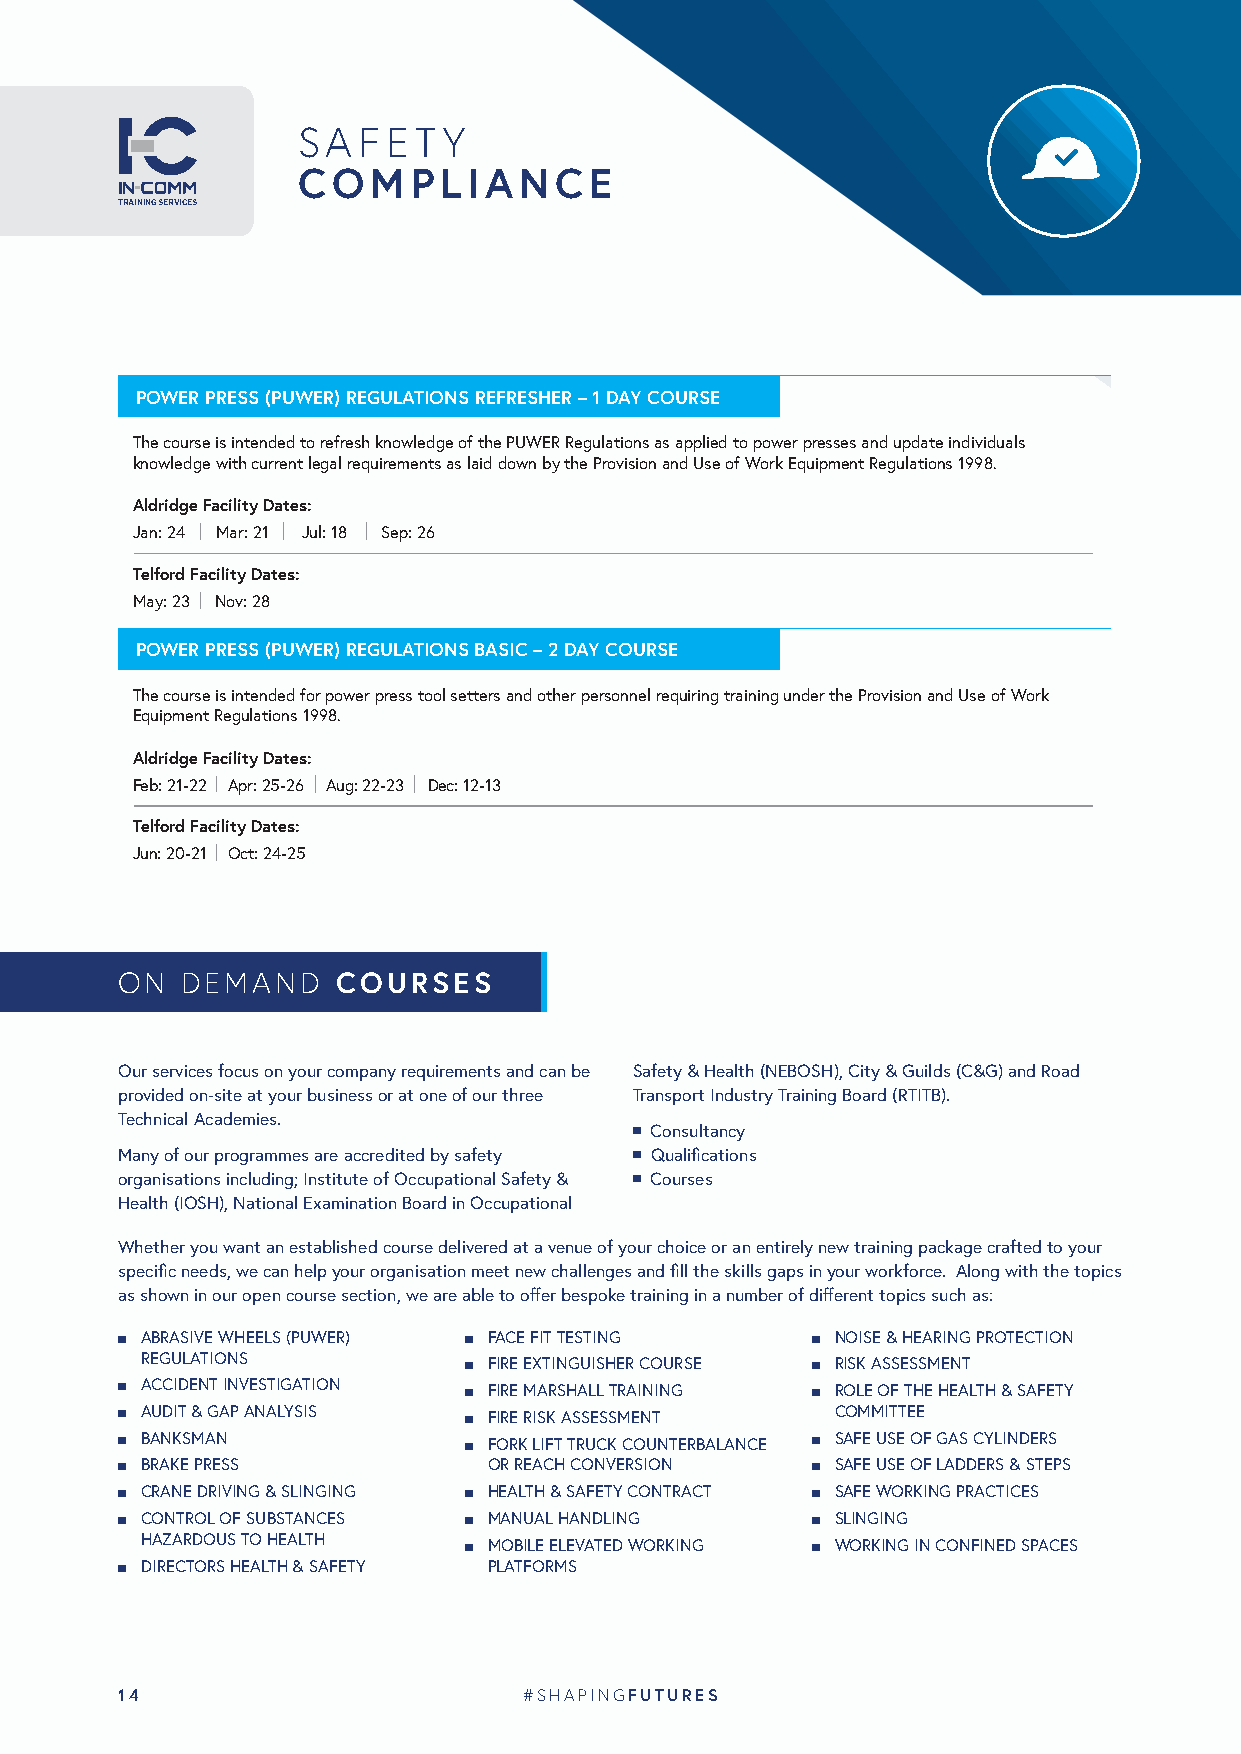
SAFETY
 COMPLIANCE
 TRAINING SERVICES
 POWER PRESS (PUWER) REGULATIONS REFRESHER – 1 DAY COURSE
 The course is intended to refresh knowledge of the PUWER Regulations as applied to power presses and update individuals
 knowledge with current legal requirements as laid down by the Provision and Use of Work Equipment Regulations 1998.
 Aldridge Facility Dates:
 Jan: 24 Mar: 21 Jul: 18 Sep: 26
 Telford Facility Dates:
 May: 23 Nov: 28
 POWER PRESS (PUWER) REGULATIONS BASIC – 2 DAY COURSE
 The course is intended for power press tool setters and other personnel requiring training under the Provision and Use of Work
 Equipment Regulations 1998.
 Aldridge Facility Dates:
 Feb: 21-22 Apr: 25-26 Aug: 22-23 Dec: 12-13
 Telford Facility Dates:
 Jun: 20-21 Oct: 24-25
 ON  DEMAND    COURSES
 Our services focus on your company requirements and can be Safety & Health (NEBOSH), City & Guilds (C&G) and Road
 provided on-site at your business or at one of our three Transport Industry Training Board (RTITB).
 Technical Academies.
 n Consultancy
 Many of our programmes are accredited by safety n Qualifications
 organisations including; Institute of Occupational Safety & n Courses
 Health (IOSH), National Examination Board in Occupational
 Whether you want an established course delivered at a venue of your choice or an entirely new training package crafted to your
 specific needs, we can help your organisation meet new challenges and fill the skills gaps in your workforce. Along with the topics
 as shown in our open course section, we are able to offer bespoke training in a number of different topics such as:
 n ABRASIVE WHEELS (PUWER) n FACE FIT TESTING  n NOISE & HEARING PROTECTION
 REGULATIONS           n FIRE EXTINGUISHER COURSE n RISK ASSESSMENT
 n ACCIDENT INVESTIGATION n FIRE MARSHALL TRAINING n ROLE OF THE HEALTH & SAFETY
 n AUDIT & GAP ANALYSIS n FIRE RISK ASSESSMENT  COMMITTEE
 n BANKSMAN             n FORK LIFT TRUCK COUNTERBALANCE n SAFE USE OF GAS CYLINDERS
 n BRAKE PRESS           OR REACH CONVERSION   n SAFE USE OF LADDERS & STEPS
 n CRANE DRIVING & SLINGING n HEALTH & SAFETY CONTRACT n SAFE WORKING PRACTICES
 n CONTROL OF SUBSTANCES n MANUAL HANDLING     n SLINGING
 HAZARDOUS TO HEALTH   n MOBILE ELEVATED WORKING n WORKING IN CONFINED SPACES
 n DIRECTORS HEALTH & SAFETY PLATFORMS
 14                         #SHAPINGFUTURES